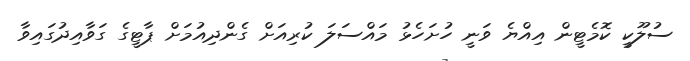
ސުލޫކީ ކޮމެޓީން އިއްޔެ ވަނީ ހުށަހެޅު މައްސަލަ ކުރިއަށް ގެންދިއުމަށް ޕާޓީގެ ގަވާއިދުގައިވާ